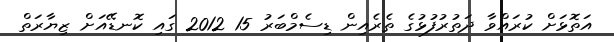
އަތޮޅަށް ކުރައްވާ ދަތުރުފުޅުގެ ތެރެއިން ޑިސެމްބަރު 15 2012 ގައި ކޮނޑޭއަށް ޒިޔާރަތް